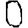
Digit: 0